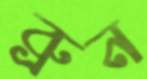
ব্রুন